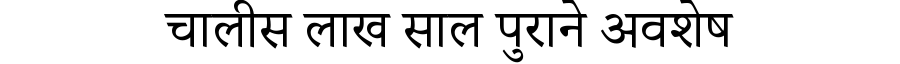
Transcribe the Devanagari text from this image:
चालीस लाख साल पुराने अवशेष